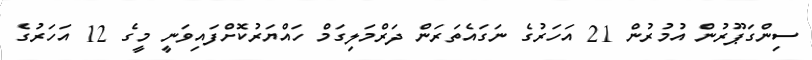
ސިންގަޕޫރުން އުމުރުން 21 އަހަރުގެ ނަގައެތަރަން ދަރްމަލިގަމް ހައްޔަރުކޮށްފައިވަނީ މީގެ 12 އަހަރުގެ